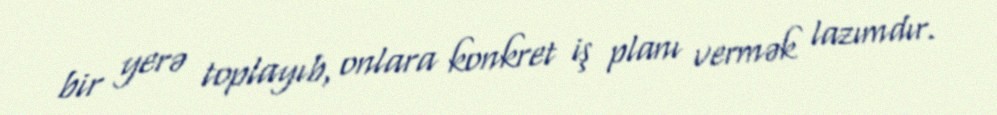
bir yerə toplayıb, onlara konkret iş planı vermək lazımdır.